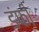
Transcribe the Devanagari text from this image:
डंफी